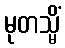
မုတသ္မိံ